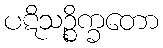
ပဋိသဉ္စိက္ခတော